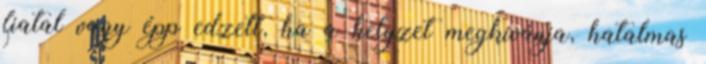
fiatal vagy épp edzett, ha a helyzet megkívánja, hatalmas